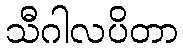
သီဂါလပိတာ